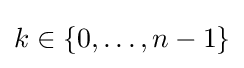
k\in \{0,\ldots ,n-1\}